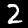
Label: 2